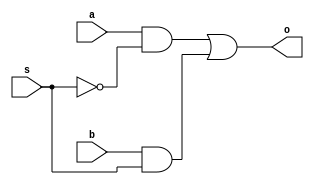
`timescale 1ns / 1ps


module Mux#(
    parameter WIDTH = 1
) (
    input [WIDTH-1:0] a, b,
    input s,
    output [WIDTH-1:0] o
);
//    assign o = s ? b : a;
    assign o = a & {WIDTH {~s}} | b & {WIDTH {s}};
endmodule

module tb;
    
    parameter WIDTH = 10;
    
    reg [WIDTH-1:0]a = 6; 
    reg [WIDTH-1:0]b = 5;
    reg s;
    wire [WIDTH-1:0]o;
    
    initial begin
        #10;
        s = 0;
        #10;
        s = 1;
        #10;
        s = 0;
        #10;
        s = 1;
        #10;
        $finish;
    end

    Mux #(WIDTH) uut (
        .a(a),
        .b(b),
        .s(s),
        .o(o)
    );

endmodule